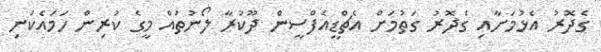
ގެދޮރު އެޅުމަށާއި ގެދޮރު ގަތުމަށް އެޗްޑީއެފްސީން ދޫކުރާ ލޯނުތައް މީގެ ކުރިން ހަމައެކަނި